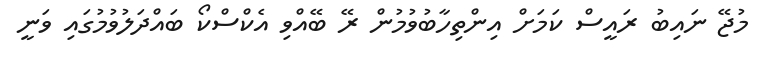
މުޖޭ ނައިބު ރައީސް ކަމަށް އިންތިހާބުވުމުން ރޭ ބޭއްވި އެކްސްކޯ ބައްދަލުވުމުގައި ވަނީ